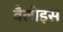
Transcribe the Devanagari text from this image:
वैलोइस